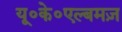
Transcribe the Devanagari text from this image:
यू॰के॰एल्बमज़